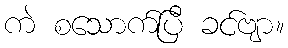
ကဲ စသောက်ပြီ ခင်ဗျာ။